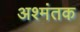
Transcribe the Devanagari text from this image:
अश्मंतक